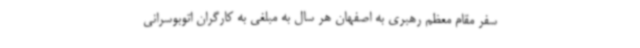
سفر مقام معظم رهبری به اصفهان هر سال به مبلغی به کارگران اتوبوسرانی